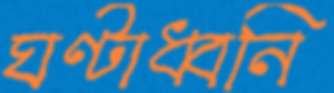
ঘণ্টাধ্বনি